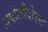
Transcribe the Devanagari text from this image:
अपोलौदोरस